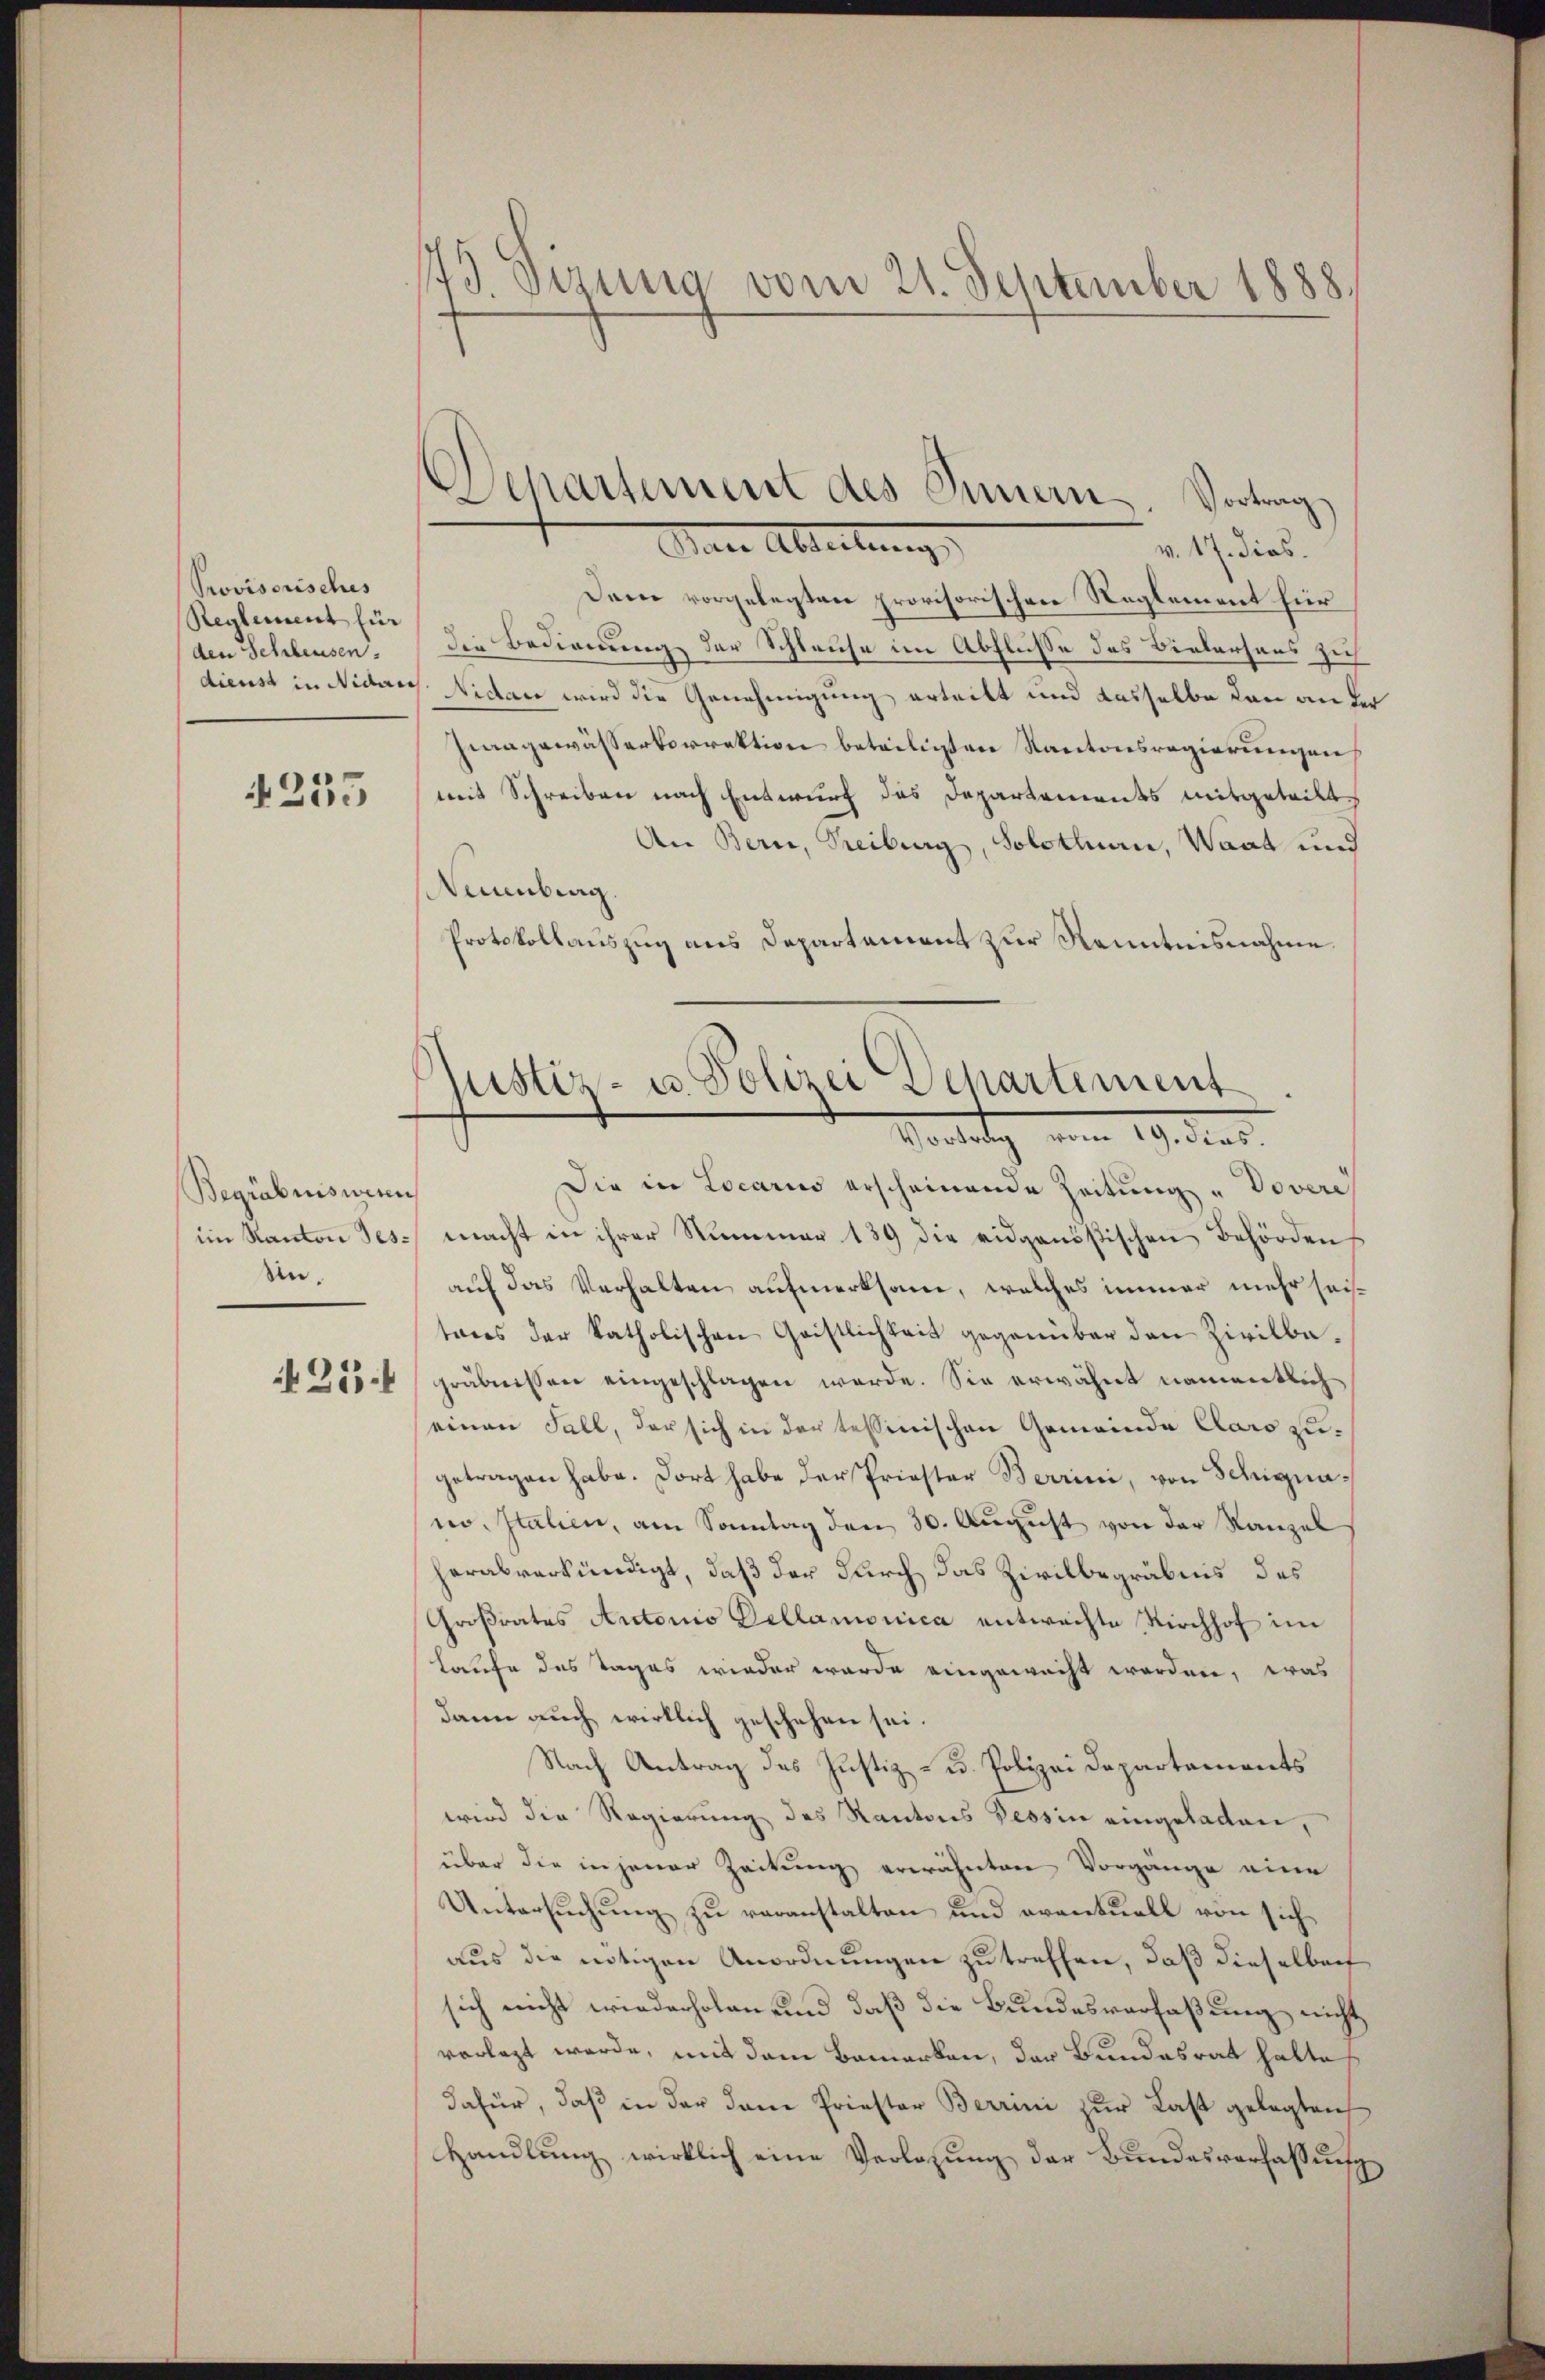
Provisorisches
Reglement für
den Schreusen.
dienst in Niderr

4255

Begräbnis wenn
im Kanton Tes-
Un.

25

173. Sizung vom 21. September 1888.

Departement des Innern Vortrag

Justiz- u. Polizei Departement.
Vorlatz, vom 19. dies

Den Abteilung
v. 17. dies.
Dem vorgelegten provisorischen Reglement hier
die Bedienung der Schleuse im Abfluße des Bielerhaus sich
.
Nidau wird die Genehmigung erteilt und dasselbe dann an der
Ziagewässerkorrektion beteiligsten Kantonsregierungen
mit Schreiben nach Entwurf des Departements mitgeteilt
An Bern, Treiburg, Solothurn, Waat und
Naumberg
Protokollauszug aus Departement zur Kenntnisnahme.
Die in Locario erscheinende Zeitung "Vovere
macht in ihrer Nummer 139 die eidgenößischen Behörden
auf das Verhalten aufmerksam, welches immer mehr seitores der katholischen Geistlichkeit gegenüber den Zivilbagräbnissen eingeschlagen werde. Sie erwähnt namentlich
einen Fall, der sich in der tessinischen Gemeinde Claro zugetragen habe. Dort habe der Priester Berrini, von Schignano. Italien, am Sonntag den 30. August von der Kanzel
herabverkündigt, daß der durch das Zivilbegräbnis des
Gaßrates Autorio Dellamonica entwachte Kirchhof im
Laufe des Tages wieder wurde eingewacht worden, was
dann auch wirklich geschehen sei.
Nach Antrag des Justiz- u. Polizei Departements
wird die Regierung des Kantons Tessin eingeladen,
über die in jener Zeitung erwähnten Vorgänge eine
Untersuchung zu veranstalten und eventuell von sich
aus die nötigen Anordnungen zu treffen, daß dieselben
sich nicht wiederholen und daß die Bundesverfaßung nicht
vorlegt werde, mit dem Bemerken, der Bundesrat hatte
dafür, daβ in der dem Priester Berrini zŭr Last gelegten
Handlung wirklich eine Verlesung der Bundesverfassung